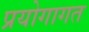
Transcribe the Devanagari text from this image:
प्रयोगागत